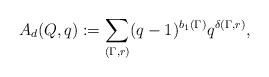
LaTeX: \begin{align*}A_d(Q,q):=\sum_{(\Gamma,r)}(q-1)^{b_1(\Gamma)}q^{\delta(\Gamma,r)},\end{align*}